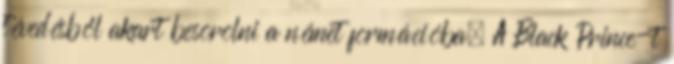
tévedésből akart besorolni a német formációba. A Black Prince-t